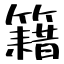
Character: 籍